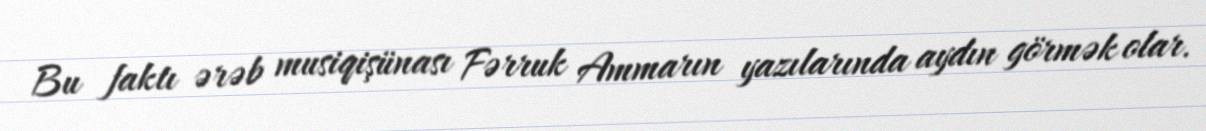
Bu faktı ərəb musiqişünası Fərruk Ammarın yazılarında aydın görmək olar.